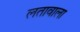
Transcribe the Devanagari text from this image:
लतावाला